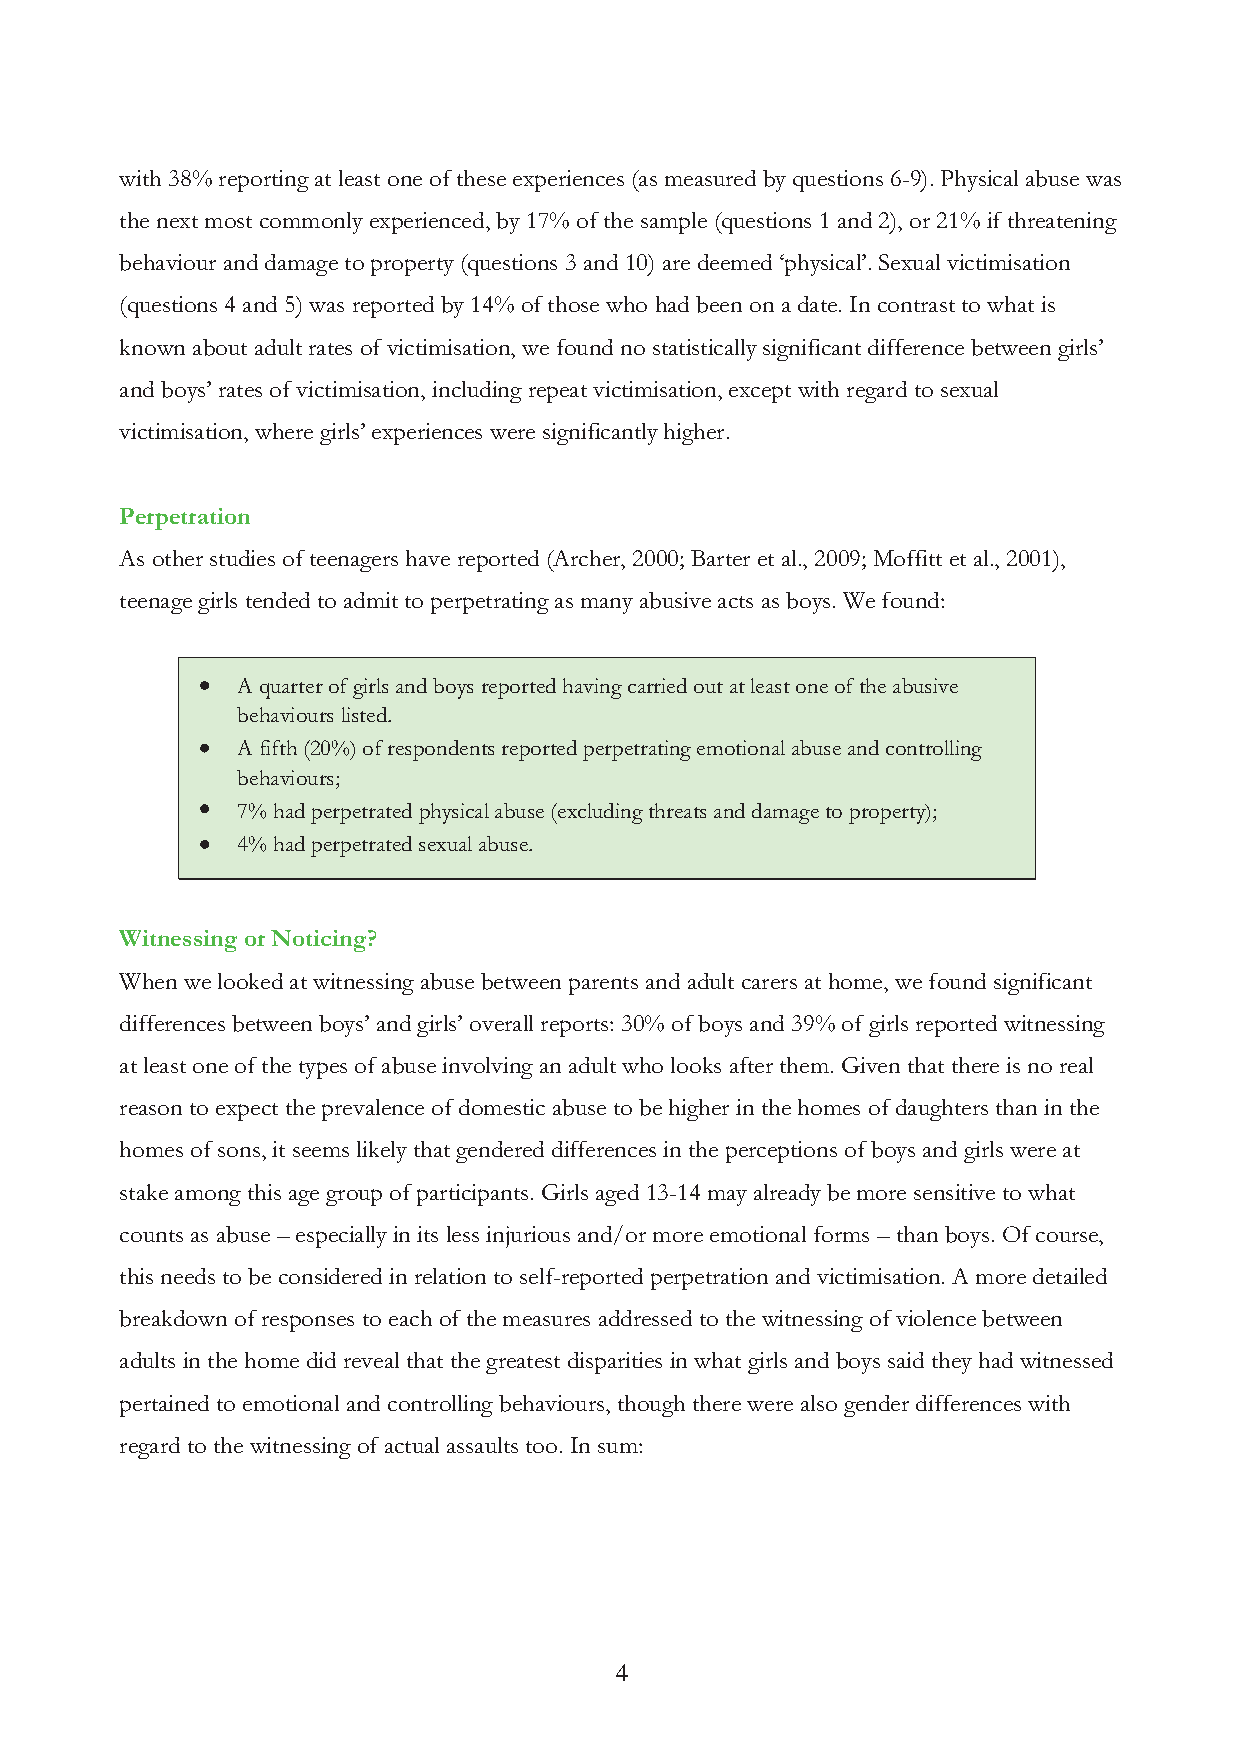
with 38% reporting at least one of these experiences (as measured by questions 6-9). Physical abuse was
 the next most commonly experienced, by 17% of the sample (questions 1 and 2), or 21% if threatening
 behaviour and damage to property (questions 3 and 10) are deemed ‘physical’. Sexual victimisation
 (questions 4 and 5) was reported by 14% of those who had been on a date. In contrast to what is
 known about adult rates of victimisation, we found no statistically significant difference between girls’
 and boys’ rates of victimisation, including repeat victimisation, except with regard to sexual
 victimisation, where girls’ experiences were significantly higher.
 Perpetration
 As other studies of teenagers have reported (Archer, 2000; Barter et al., 2009; Moffitt et al., 2001),
 teenage girls tended to admit to perpetrating as many abusive acts as boys. We found:
 A quarter of girls and boys reported having carried out at least one of the abusive
 behaviours listed.
 A fifth (20%) of respondents reported perpetrating emotional abuse and controlling
 behaviours;
 7% had perpetrated physical abuse (excluding threats and damage to property);
 4% had perpetrated sexual abuse.
 Witnessing or Noticing?
 When we looked at witnessing abuse between parents and adult carers at home, we found significant
 differences between boys’ and girls’ overall reports: 30% of boys and 39% of girls reported witnessing
 at least one of the types of abuse involving an adult who looks after them. Given that there is no real
 reason to expect the prevalence of domestic abuse to be higher in the homes of daughters than in the
 homes of sons, it seems likely that gendered differences in the perceptions of boys and girls were at
 stake among this age group of participants. Girls aged 13-14 may already be more sensitive to what
 counts as abuse – especially in its less injurious and/or more emotional forms – than boys. Of course,
 this needs to be considered in relation to self-reported perpetration and victimisation. A more detailed
 breakdown of responses to each of the measures addressed to the witnessing of violence between
 adults in the home did reveal that the greatest disparities in what girls and boys said they had witnessed
 pertained to emotional and controlling behaviours, though there were also gender differences with
 regard to the witnessing of actual assaults too. In sum:
 4